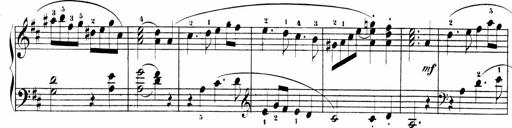
Title: Sonatinas
Composer: Andrew Violette